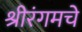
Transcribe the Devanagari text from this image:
श्रीरंगमचे